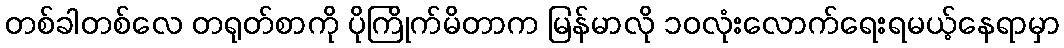
တစ်ခါတစ်လေ တရုတ်စာကို ပိုကြိုက်မိတာက မြန်မာလို ၁ဝလုံးလောက်ရေးရမယ့်နေရာမှာ